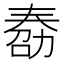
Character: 𠢌